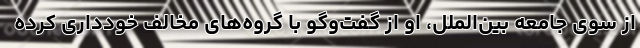
از سوی جامعه بین‌الملل، او از گفت‌وگو با گروه‌های مخالف خودداری کرده